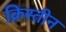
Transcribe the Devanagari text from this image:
क्रिस्तीन